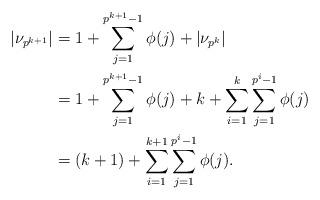
LaTeX: \begin{align*} |\nu_{p^{k+1}}| &= 1+\sum\limits_{j=1}^{p^{k+1}-1}\phi(j) + |\nu_{p^k}|\\ &= 1+\sum\limits_{j=1}^{p^{k+1}-1}\phi(j) + k+\sum\limits_{i=1}^k\sum\limits_{j=1}^{p^i-1}\phi(j)\\ &= (k+1) + \sum\limits_{i=1}^{k+1}\sum\limits_{j=1}^{p^i-1}\phi(j). \end{align*}